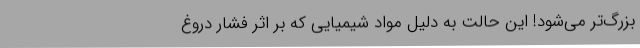
بزرگ‌تر می‌شود! این حالت به دلیل مواد شیمیایی که بر اثر فشار دروغ